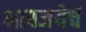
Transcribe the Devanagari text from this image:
भावजयेचं